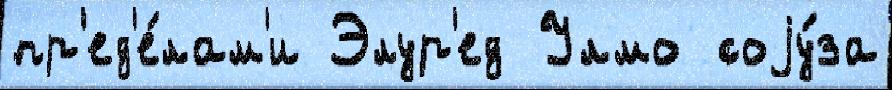
пр'ед'е́лам'и Элур'ед Улмо соjу́за